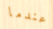
عندما